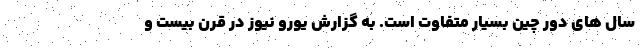
سال های دور چین بسیار متفاوت است. به گزارش یورو نیوز در قرن بیست و